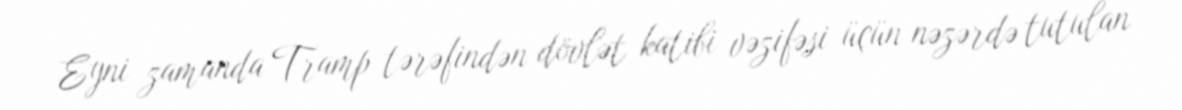
Eyni zamanda Tramp tərəfindən dövlət katibi vəzifəsi üçün nəzərdə tutulan